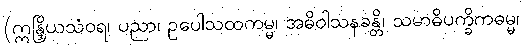
(ဣန္ဒြိယသံဝရ၊ ပညာ၊ ဥပေါသထကမ္မ၊ အဓိဝါသနခန္တိ၊ သမာဓိပက္ခိကဓမ္မ၊